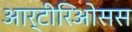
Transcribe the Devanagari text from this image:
आर्टीरिओसस